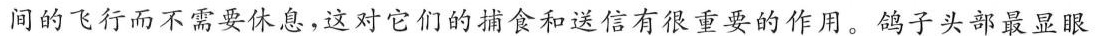
间的飞行而不需要休息，这对它们的捕食者和送信有很重要的作用。鸽子头部最显眼